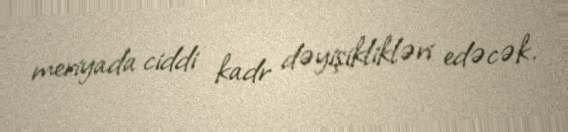
meriyada ciddi kadr dəyişiklikləri edəcək.